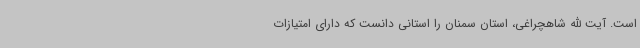
است. آیت الله شاهچراغی، استان سمنان را استانی دانست که دارای امتیازات